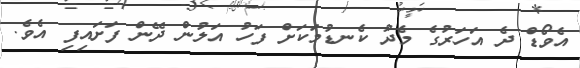
އެވޯޑް ދެ އަހަރުގެ މެދު ކެނޑުމަކަށް ފަހު އަލުން ދޭން ފަށައިފި އެވެ.